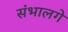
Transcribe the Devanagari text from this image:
संभालगे